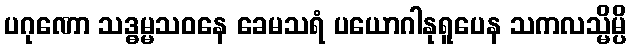
ပဂုဏော သဒ္ဓမ္မသဝနေ ခေမသရံ ပယောဂါနုရူပေန သကလသ္မိမ္ပိ